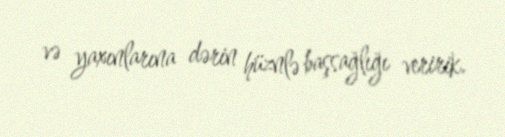
və yaxınlarına dərin hüznlə başsağlığı veririk.